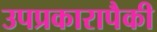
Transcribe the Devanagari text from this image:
उपप्रकारापैकी